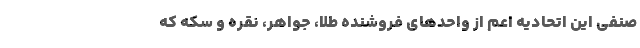
صنفی این اتحادیه اعم از واحدهای فروشنده طلا، جواهر، نقره و سکه که